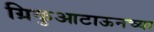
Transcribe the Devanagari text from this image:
ग्रिकुआटाऊनच्या